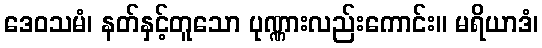
ဒေဝသမံ၊ နတ်နှင့်တူသော ပုဏ္ဏားလည်းကောင်း။ မရိယာဒံ၊